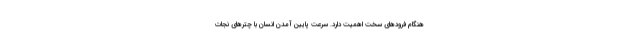
هنگام فرودهای سخت اهمیت دارد. سرعت پایین آمدن انسان با چترهای نجات